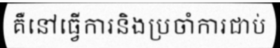
គឺនៅធ្វើការនិងប្រចាំការជាប់